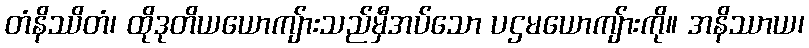
တံနိဿိတံ၊ ထိုဒုတိယယောကျ်ားသည်မှီအပ်သော ပဌမယောကျ်ားကို။ အနိဿာယ၊